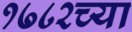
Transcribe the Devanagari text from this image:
१७८२च्या